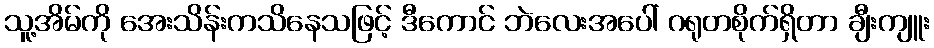
သူ့အိမ်ကို အေးသိန်းကသိနေသဖြင့် ဒီကောင် ဘဲလေးအပေါ် ဂရုတစိုက်ရှိတာ ချီးကျူး